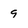
Character: 9